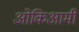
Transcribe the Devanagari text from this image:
ओकिआमी